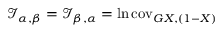
{ \mathcal { I } } _ { \alpha , \beta } = { \mathcal { I } } _ { \beta , \alpha } = \ln \operatorname { c o v } _ { G { X , ( 1 - X ) } }